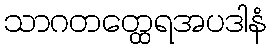
သာဂတတ္ထေရအပဒါနံ